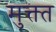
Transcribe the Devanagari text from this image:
मुक्त्त